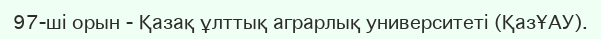
97-ші орын - Қазақ ұлттық аграрлық университеті (ҚазҰАУ).